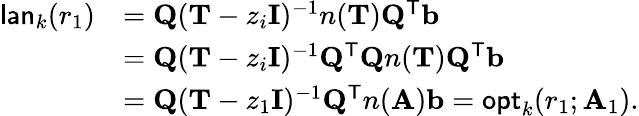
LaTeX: \begin{array}{rl}{\mathsf{lan}_{k}(r_{1})}&{=\mathbf{Q}(\mathbf{T}-z_{i}\mathbf{I})^{-1}n(\mathbf{T})\mathbf{Q}^{\mathsf{T}}\mathbf{b}}\\ &{=\mathbf{Q}(\mathbf{T}-z_{i}\mathbf{I})^{-1}\mathbf{Q}^{\mathsf{T}}\mathbf{Q}n(\mathbf{T})\mathbf{Q}^{\mathsf{T}}\mathbf{b}}\\ &{=\mathbf{Q}(\mathbf{T}-z_{1}\mathbf{I})^{-1}\mathbf{Q}^{\mathsf{T}}n(\mathbf{A})\mathbf{b}=\mathsf{opt}_{k}(r_{1};\mathbf{A}_{1}).}\end{array}